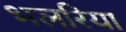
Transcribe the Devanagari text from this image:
भलरिया